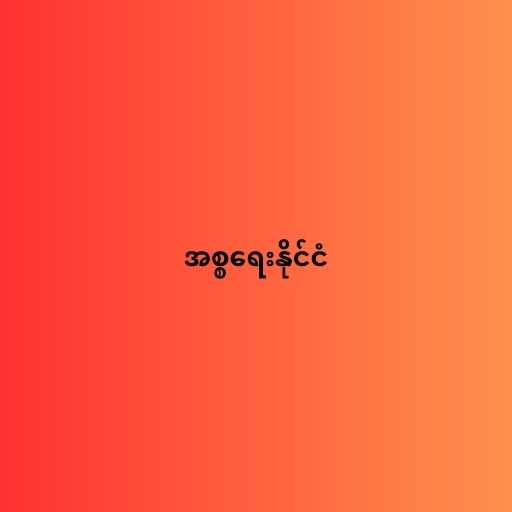
အစ္စရေးနိုင်ငံ